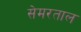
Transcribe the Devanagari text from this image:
सेमरताल